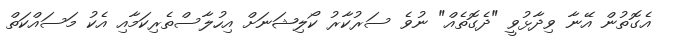
އެގޮތުން އޭނާ ވިދާޅުވީ "ދެގޮތެއް" ނުވެ ސަރުކާރު ކޯލިޝަނަށް އިހުލާސްތެރިކަމާއި އެކު މަސައްކަތް